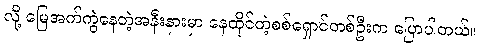
လို့ မြေအက်ကွဲနေတဲ့အနီးနားမှာ နေထိုင်တဲ့စစ်ရှောင်တစ်ဦးက ပြောပါတယ်။